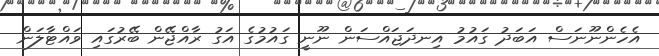
އެހެންނޫނަސް އަބަދު ގައުމު އިނދަޖައްސަން ނޫނީ ގައުމުގެ އަގު ރާއްޖޭން ބޭރުގައި ވައްޓާލަން